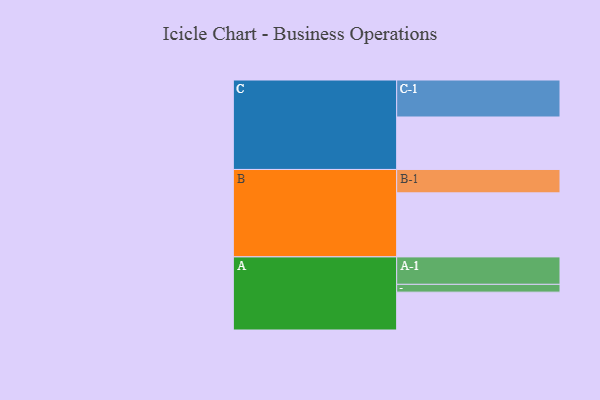
{"axis": {"x": "Segment", "y": "Value"}, "legend": ["", "A", "B", "C"], "data": [{"x": "A", "y": 301, "type": ""}, {"x": "B", "y": 509, "type": ""}, {"x": "C", "y": 417, "type": ""}, {"x": "A-1", "y": 218, "type": "A"}, {"x": "A-2", "y": 62, "type": "A"}, {"x": "B-1", "y": 186, "type": "B"}, {"x": "C-1", "y": 294, "type": "C"}]}